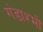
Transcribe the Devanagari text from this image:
गंडाश्मों